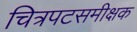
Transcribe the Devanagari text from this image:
चित्रपटसमीक्षक